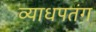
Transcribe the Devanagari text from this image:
व्याधपतंग